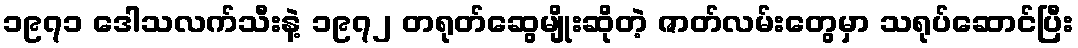
၁၉၇၁ ဒေါသလက်သီးနဲ့ ၁၉၇၂ တရုတ်ဆွေမျိုးဆိုတဲ့ ဇာတ်လမ်းတွေမှာ သရုပ်ဆောင်ပြီး